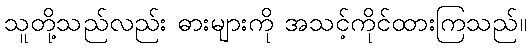
သူတို့သည်လည်း ဓားများကို အသင့်ကိုင်ထားကြသည်။